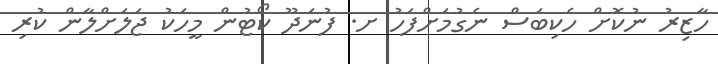
ހާޒިރު ނުކޮށް ހެކިބަސް ނެގުމަށްފަހު ށ. ފުނަދޫ ކޯޓުން މީހަކު ޖަލަށްލާން ކުރި